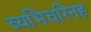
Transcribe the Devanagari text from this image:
व्यभिचरिनह